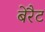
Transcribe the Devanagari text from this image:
बेरैट